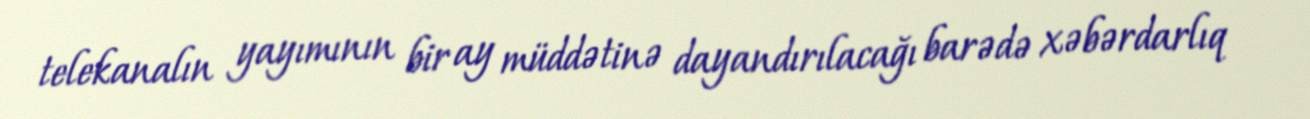
telekanalın yayımının bir ay müddətinə dayandırılacağı barədə xəbərdarlıq